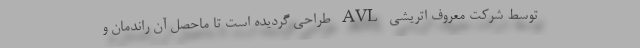
توسط شرکت معروف اتریشی AVL طراحی گردیده است تا ماحصل آن راندمان و